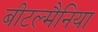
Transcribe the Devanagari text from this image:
बीटल्मैनिया